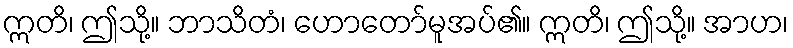
ဣတိ၊ ဤသို့။ ဘာသိတံ၊ ဟောတော်မူအပ်၏။ ဣတိ၊ ဤသို့။ အာဟ၊